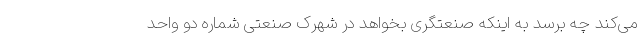
می‌کند چه برسد به اینکه صنعتگری بخواهد در شهرک صنعتی شماره دو واحد